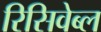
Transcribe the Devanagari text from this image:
रिसिवेब्ल